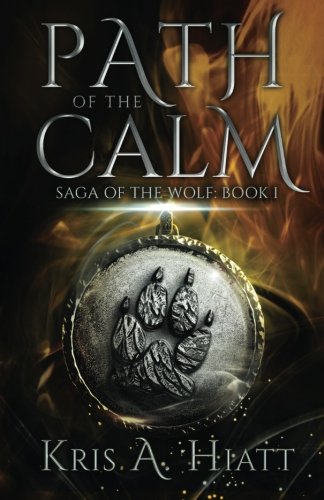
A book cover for Path of The Calm (Saga of The Wolf) (Volume 1); Kris A Hiatt; Science Fiction & Fantasy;